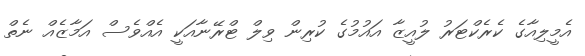
އެމީލިއާގެ ކެރެކްޓަރު ލުއީޒާ އައުމުގެ ކުރިން ވިލް ޓްރޭނާއަކީ އެއްވެސް އަމާޒެއް ނެތް